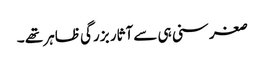
صغر سنی ہی سے آثار بزرگی ظاہر تھے ۔